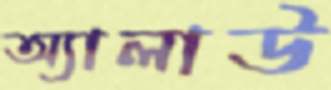
অ্যালাউ